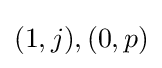
{\textstyle (1,j),(0,p)}